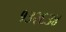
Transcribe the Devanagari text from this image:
१३२६३४